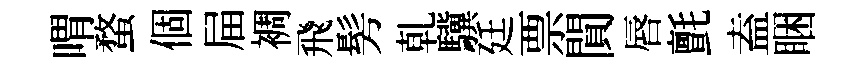
喟蝥個屇裯飛髣乹驥廷票閴唇氈盍睏